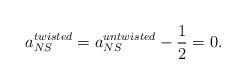
LaTeX: \begin{align*}a_{NS}^{twisted} = a_{NS}^{untwisted} - \frac{1}{2} = 0.\end{align*}